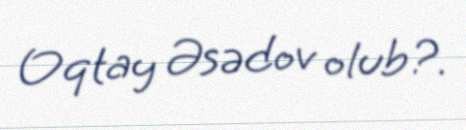
Oqtay Əsədov olub?.